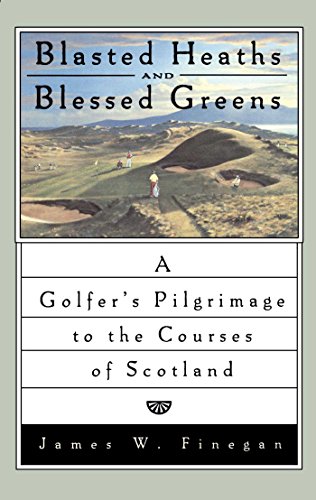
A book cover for Blasted Heaths and Blessed Greens: A Golfer's Pilgrimage to the Courses of Scotland; James W. Finegan; Travel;